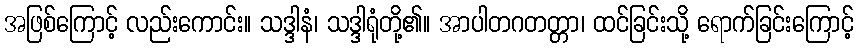
အဖြစ်ကြောင့် လည်းကောင်း။ သဒ္ဒါနံ၊ သဒ္ဒါရုံတို့၏။ အာပါတဂတတ္တာ၊ ထင်ခြင်းသို့ ရောက်ခြင်းကြောင့်